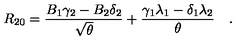
R _ { 2 0 } = { \frac { B _ { 1 } \gamma _ { 2 } - B _ { 2 } \delta _ { 2 } } { \sqrt { \theta } } } + { \frac { \gamma _ { 1 } \lambda _ { 1 } - \delta _ { 1 } \lambda _ { 2 } } { \theta } } \quad .